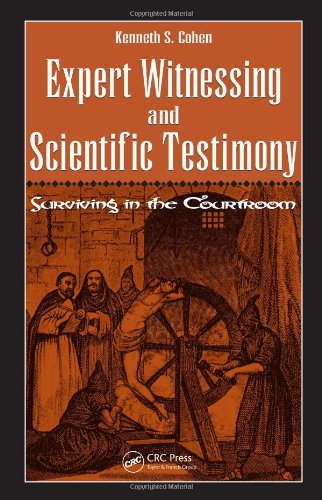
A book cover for Expert Witnessing and Scientific Testimony: Surviving in the Courtroom; Kenneth S. Cohen; Law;